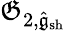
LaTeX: \mathfrak{G}_{2,\hat{{\mathfrak{{g}}}}_{\mathrm{{sh}}}}